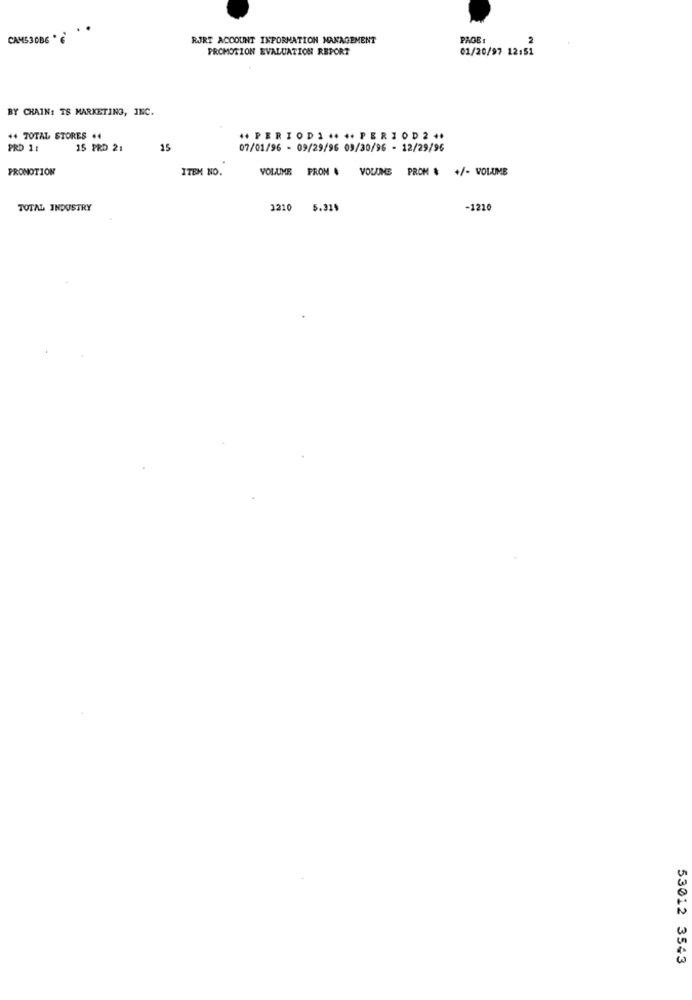
CAMS30B6 ' 6
RJRT ACCOUNT INFORMATION MANAGEMENT
PAGE :
PROMOTION EVALUATION REPORT
01/20/97 12:51
BY CHAIN: TS MARKETING, INC.
++ TOTAL STORES ..
+ PERIODI ** ** PERIOD2 **
PRD 1:
15 PRD 21
15
07/01/96 - 09/29/96 09/30/96 - 12/29/96
PRONOTION
ITEM NO.
VOLUME PRON & VOLUME PROM & +/- VOLUME
TOTAL INDUSTRY
3210 5.31%
-1210
53012 3543